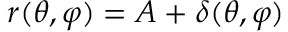
r ( \theta , \varphi ) = A + \delta ( \theta , \varphi )